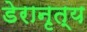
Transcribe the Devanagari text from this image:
डेरानृत्य